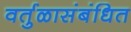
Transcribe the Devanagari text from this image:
वर्तुळासंबंधित